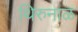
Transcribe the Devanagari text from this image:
थिरुनाळ